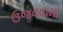
ઉજવવામા